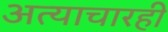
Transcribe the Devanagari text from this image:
अत्याचारही